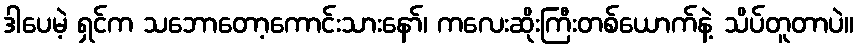
ဒါပေမဲ့ ရှင်က သဘောတော့ကောင်းသားနော်၊ ကလေးဆိုးကြီးတစ်ယောက်နဲ့ သိပ်တူတာပဲ။